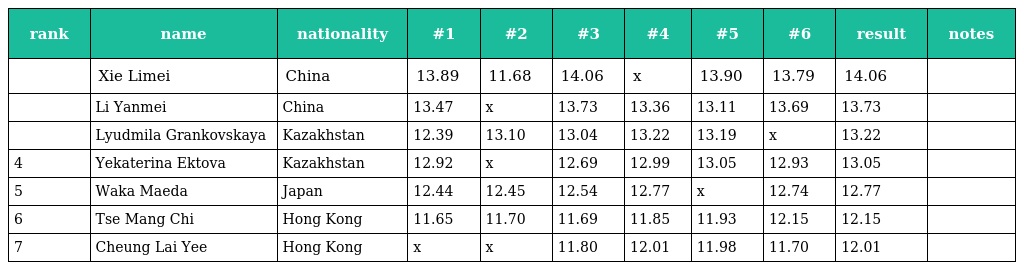
| rank | name | nationality | #1 | #2 | #3 | #4 | #5 | #6 | result | notes |
 | --- | --- | --- | --- | --- | --- | --- | --- | --- | --- | --- |
 |  | Xie Limei | China | 13.89 | 11.68 | 14.06 | x | 13.90 | 13.79 | 14.06 |  |
 |  | Li Yanmei | China | 13.47 | x | 13.73 | 13.36 | 13.11 | 13.69 | 13.73 |  |
 |  | Lyudmila Grankovskaya | Kazakhstan | 12.39 | 13.10 | 13.04 | 13.22 | 13.19 | x | 13.22 |  |
 | 4 | Yekaterina Ektova | Kazakhstan | 12.92 | x | 12.69 | 12.99 | 13.05 | 12.93 | 13.05 |  |
 | 5 | Waka Maeda | Japan | 12.44 | 12.45 | 12.54 | 12.77 | x | 12.74 | 12.77 |  |
 | 6 | Tse Mang Chi | Hong Kong | 11.65 | 11.70 | 11.69 | 11.85 | 11.93 | 12.15 | 12.15 |  |
 | 7 | Cheung Lai Yee | Hong Kong | x | x | 11.80 | 12.01 | 11.98 | 11.70 | 12.01 |  |